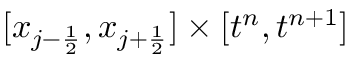
[ x _ { { j - \frac { 1 } { 2 } } } , x _ { { j + \frac { 1 } { 2 } } } ] \times [ t ^ { n } , t ^ { n + 1 } ]